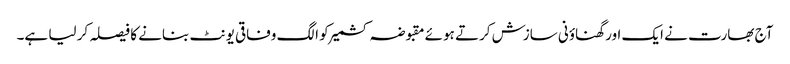
آج بھارت نے ایک اور گھناؤنی سازش کرتے ہوئے مقبوضہ کشمیر کو الگ وفاقی یونٹ بنانے کا فیصلہ کر لیا ہے۔